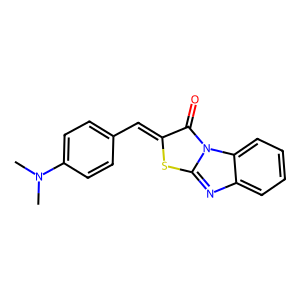
SMILES: CN(C)c1ccc(C=c2sc3nc4ccccc4n3c2=O)cc1
Inhibits HIV replication: No